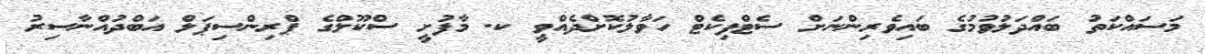
މަސައްކަތު ބައްދަލުވުމުގެ ބައިވެރިންނަށް ސެޓްފިކެޓް ހަވާލުކޮށްދެއްވީ ކ. މާފުށީ ސްކޫލްގެ ޕްރިންސިޕަލް އަބްދުއްނާސިރު